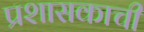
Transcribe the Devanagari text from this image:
प्रशासकाची